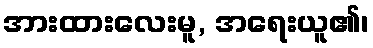
အားထားလေးမူ, အရေးယူ၏၊